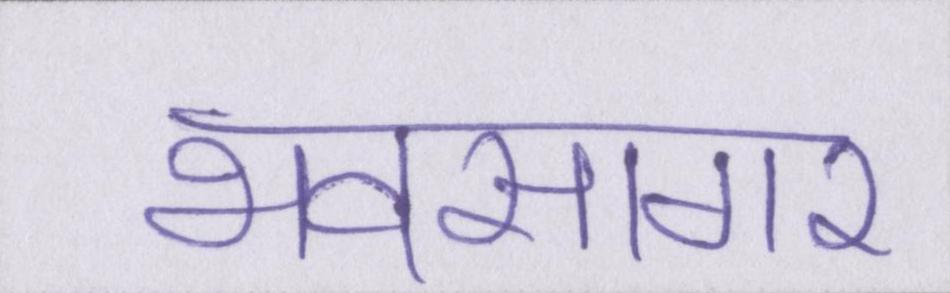
भवसागर